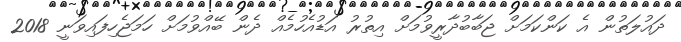
ދައުލަތުން އެ ކަންކަމަށް ޖަބާބުދާރީވުމަށް އިތުރު އަޑުއެހުމެއް ދެން ބޭއްވުމަށް ހަމަޖެހިފައިވަނީ 2018